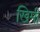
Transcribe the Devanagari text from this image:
खिमी